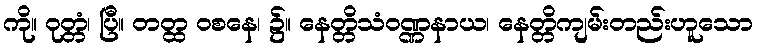
ကို။ ဝုတ္တံ၊ ပြီ။ တတ္ထ ဝစနေ၊ ၌။ နေတ္တိသံဝဏ္ဏနာယ၊ နေတ္တိကျမ်းတည်းဟူသော